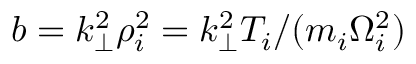
b = k _ { \perp } ^ { 2 } \rho _ { i } ^ { 2 } = k _ { \perp } ^ { 2 } T _ { i } / ( m _ { i } \Omega _ { i } ^ { 2 } )